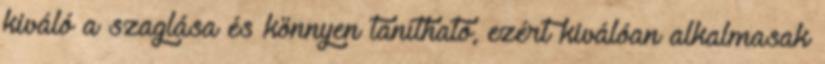
kiváló a szaglása és könnyen tanítható, ezért kiválóan alkalmasak